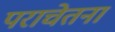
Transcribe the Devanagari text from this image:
पराचेतना